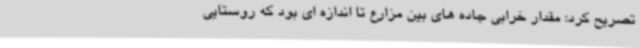
تصریح کرد: مقدار خرابی جاده های بین مزارع تا اندازه ای بود که روستایی